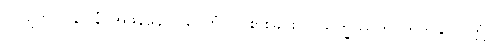
ပြုလျက်။ ပုနပ္ပုနံ၊ အဖန်ဖန်။ ပပ္ပေတုံ၊ ဝင်စားခြင်းငှါ။ သက္ခိဿတိ၊ တတ်နိုင်လတ္တံ့။